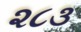
૨૮૩